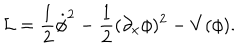
{ \cal L } = \frac { 1 } { 2 } \dot { \phi } ^ { 2 } - \frac { 1 } { 2 } ( \partial _ { x } \phi ) ^ { 2 } - V ( \phi ) .